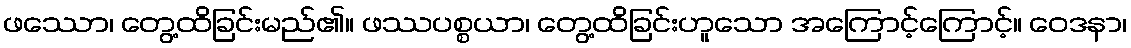
ဖဿော၊ တွေ့ထိခြင်းမည်၏။ ဖဿပစ္စယာ၊ တွေ့ထိခြင်းဟူသော အကြောင့်ကြောင့်။ ဝေဒနာ၊